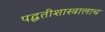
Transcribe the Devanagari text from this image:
पद्धतीशास्त्रालाच